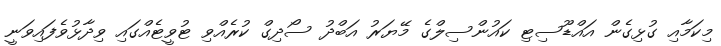
މިކަމާއި ގުޅިގެން އައްޑޫސިޓި ކައުންސިލްގެ މޭޔަރު އަބްދު ސޯދިގް ކުރެއްވި ޓުވީޓެއްގައި ވިދާޅުވެފައިވަނީ